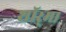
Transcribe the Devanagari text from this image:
शॉर्‌मा